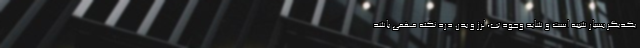
یکدیگر بسیار شبیه است و شاید وجود تب، لرز و بدن درد نکته مهمی باشد